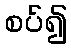
စပ်၍